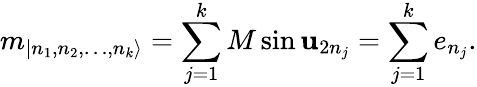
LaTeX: m_{|n_{1},n_{2},\dots,n_{k}\rangle}=\sum_{j=1}^{k}M\sin\mathbf{u}_{2n_{j}}=\sum_{j=1}^{k}e_{n_{j}}.